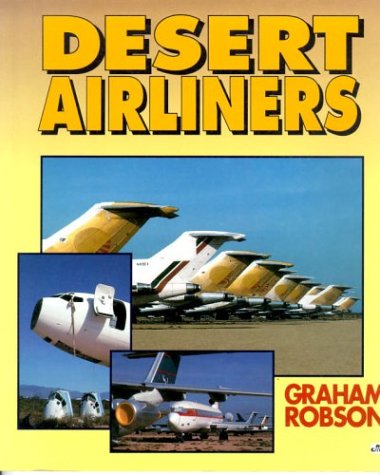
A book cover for Desert Airliners; Graham Robson; Engineering & Transportation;